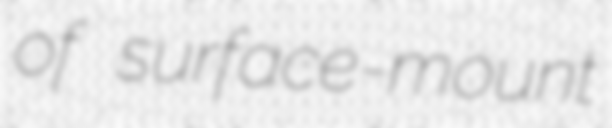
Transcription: of surface-mount